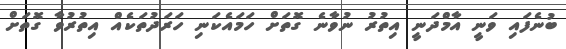
ބުނެފައި ވަނީ އާމްދަނީ އިތުރު ނުވާނެ ގޮތަށް ހަމައެކަނި ހަރަދުތަކެއް އިތުރުވާ ގޮތަށް